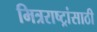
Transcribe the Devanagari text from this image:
मित्रराष्ट्रांसाठी